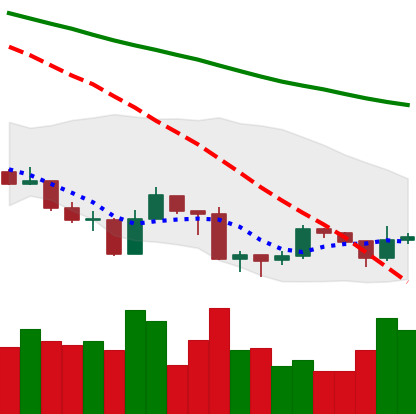
Ticker: ADA-USD
Chart end date: 2019-08-23
Forward return: -7.963%
Label: down_7plus